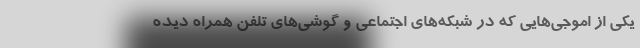
یکی از اموجی‌هایی که در شبکه‌های اجتماعی و گوشی‌های تلفن همراه دیده